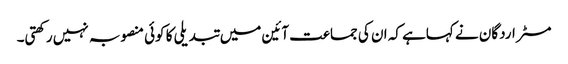
مسٹر اردگان نے کہاہے کہ ان کی جماعت آئین میں تبدیلی کا کوئی منصوبہ نہیں رکھتی۔